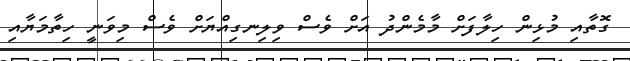
ގޮތާއި މުޅިން ހިލާފަށް މާމެންދު އަށް ވެސް ވިލިނގިއްޔަށް ވެސް މިވަނީ ހިތާމަޔާއި